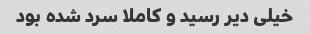
خیلی دیر رسید و کاملا سرد شده بود